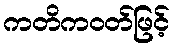
ကတိကဝတ်ဖြင့်